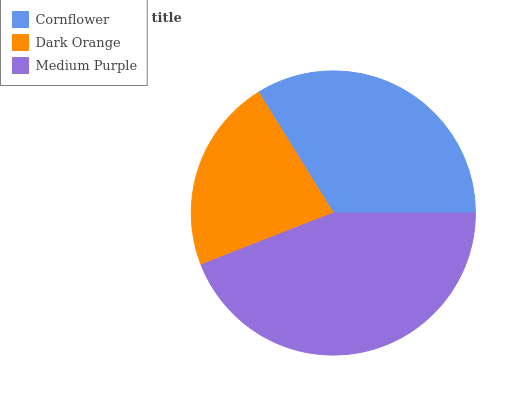
| Cornflower | Dark Orange | Medium Purple |
 | --- | --- | --- |
 | 33.9% | 22.1% | 44% |